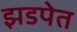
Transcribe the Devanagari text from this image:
झडपेत